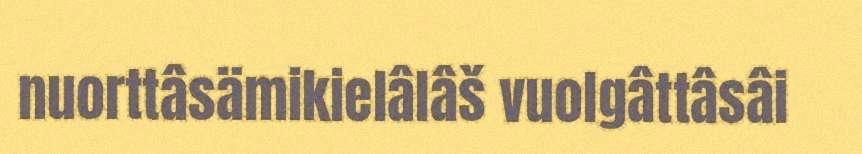
nuorttâsämikielâlâš vuolgâttâsâi